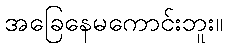
အခြေနေမကောင်းဘူး။